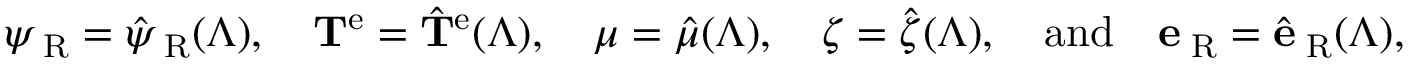
\psi _ { \mathrm { \tiny ~ R } } = \hat { \psi } _ { \mathrm { \tiny ~ R } } ( \Lambda ) , \quad { \bf T } ^ { \mathrm { e } } = \hat { { \bf T } } ^ { \mathrm { e } } ( \Lambda ) , \quad \mu = \hat { \mu } ( \Lambda ) , \quad \boldsymbol { \zeta } = \hat { \boldsymbol { \zeta } } ( \Lambda ) , \quad \mathrm { a n d } \quad { \bf e } _ { \mathrm { \tiny ~ R } } = \hat { { \bf e } } _ { \mathrm { \tiny ~ R } } ( \Lambda ) ,